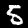
Label: 5